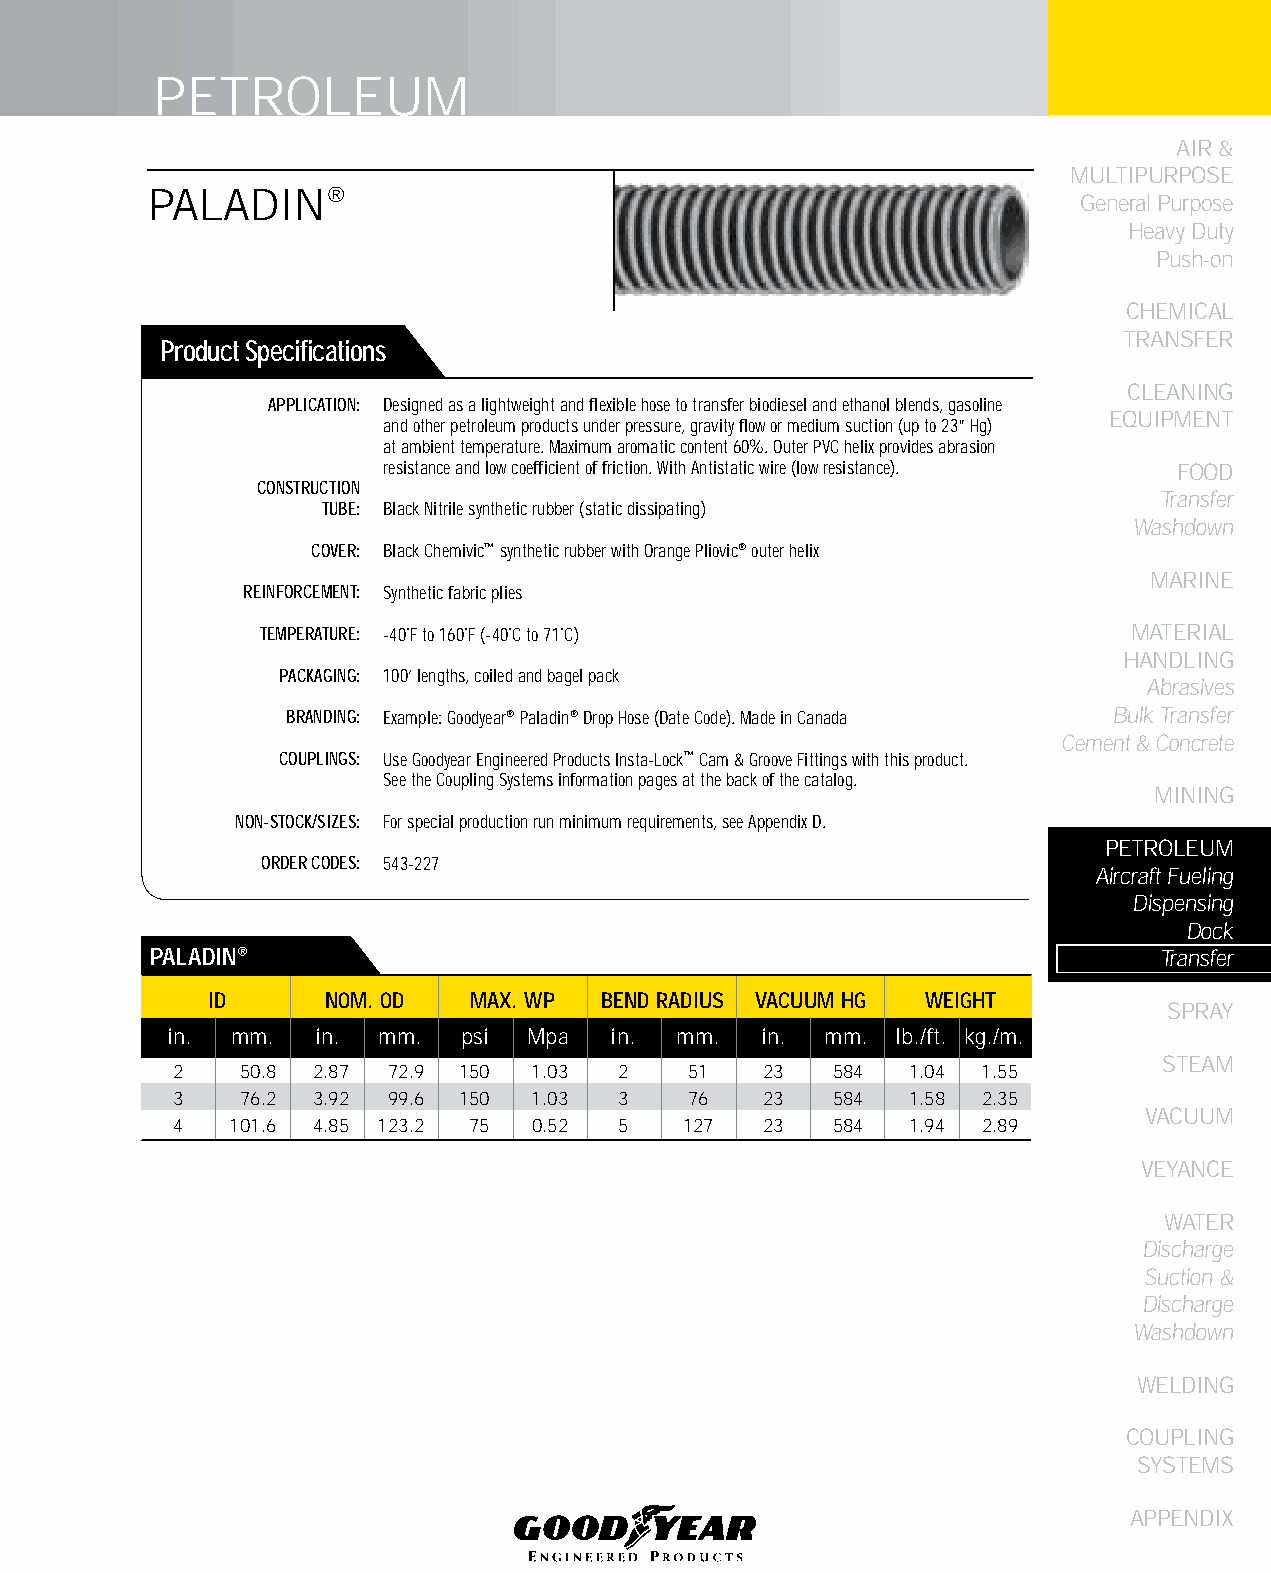
PETROLEUM
 AIR &
 MULTIPURPOSE
 PALADIN®
 General Purpose
 Heavy Duty
 Push-on
 CHEMICAL
 TRANSFER
 Product Specifications
 CLEANING
 APPLICATION: Designed as a lightweight and flexible hose to transfer biodiesel and ethanol blends, gasoline
 EqUIPMENT
 and other petroleum products under pressure, gravity flow or medium suction (up to 23” Hg)
 at ambient temperature. Maximum aromatic content 60%. Outer PVC helix provides abrasion
 resistance and low coefficient of friction. With Antistatic wire (low resistance). FOOD
 CONSTRUCTION
 Transfer
 TUBE: Black Nitrile synthetic rubber (static dissipating)
 Washdown
 COVER: Black Chemivic™ synthetic rubber with Orange Pliovic® outer helix
 MARINE
 REINFORCEMENT: Synthetic fabric plies
 TEMPERATURE: -40˚F to 160˚F (-40˚C to 71˚C)               MATERIAL
 HANDLING
 PACKAGING: 100’ lengths, coiled and bagel pack
 Abrasives
 BRANDING: Example: Goodyear® Paladin® Drop Hose (Date Code). Made in Canada Bulk Transfer
 Cement & Concrete
 COUPLINGS: Use Goodyear Engineered Products Insta-Lock™ Cam & Groove Fittings with this product.
 See the Coupling Systems information pages at the back of the catalog.
 MINING
 NON-STOCK/SIZES: For special production run minimum requirements, see Appendix D.
 PETROLEUM
 ORDER CODES: 543-227
 Aircraft Fueling
 Dispensing
 Dock
 PALADIN®                                                           Transfer
 ID      NOM. OD  MAX. WP  bEND RADIUS VACUUM HG WEIGHT
 SPRAY
 in. mm.   in. mm.   psi Mpa   in. mm.  in.  mm. lb./ft. kg./m.
 STEAM
 2   50.8 2.87 72.9 150 1.03  2    51   23  584  1.04 1.55
 3   76.2 3.92 99.6 150 1.03  3    76   23  584  1.58 2.35
 VACUUM
 4  101.6 4.85 123.2 75 0.52  5   127   23  584  1.94 2.89
 VEYANCE
 WATER
 Discharge
 Suction &
 Discharge
 Washdown
 WELDING
 COUPLING
 SYSTEMS
 APPENDIX
 181